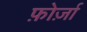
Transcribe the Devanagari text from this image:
फ़ोर्ज़ा